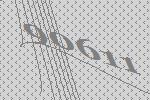
90611